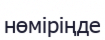
нөміріңде